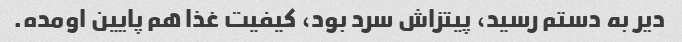
دیر به دستم رسید، پیتزاش سرد بود، کیفیت غذا هم پایین اومده.